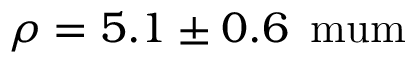
\rho = 5 . 1 \pm 0 . 6 \, \mathrm { { \ m u m } }